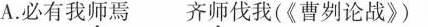
A.必有我师焉 齐师伐我(《曹刿论战》)